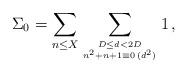
LaTeX: \begin{align*}\Sigma_0=\sum\limits_{n\leq X}\sum\limits_{D\leq d<2D\atop{n^2+n+1\equiv 0\,(d^2)}}1\,,\end{align*}